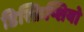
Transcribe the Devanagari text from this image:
डिस्क्रिप्शियो